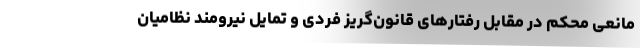
مانعی محکم در مقابل رفتارهای قانون‌گریز فردی و تمایل نیرومند نظامیان